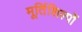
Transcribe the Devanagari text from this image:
मूर्तिशिल्पों